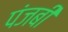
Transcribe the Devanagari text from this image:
पंजबी